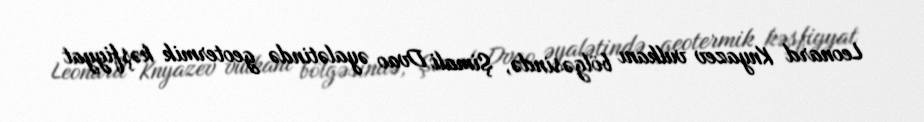
Leonard Knyazev vulkanı bölgəsində, Şimali Dvao əyalətində geotermik kəşfiyyat